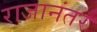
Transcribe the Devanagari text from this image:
राजानंतर